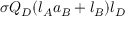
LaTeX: \sigma Q _ { D } ( l _ { A } a _ { B } + l _ { B } ) l _ { D }